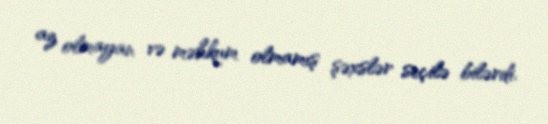
az olmayan və məhkum olmamış şəxslər seçilə bilərdi.